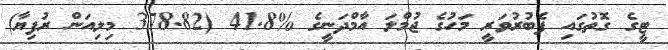
ޓީގެ ގޮތުގައި ފެބުރުވަރީ މަހުގެ ޖުމްލަ އާމްދަނީގެ %41.8 (378.82 މިލިއަން ރުފިޔާ)